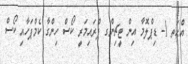
އްޙަތ 1- ޑިޕްލޮމާ އިން ޓީޗިންގ ޕްރައިމަރީ ކޯސް ހިންގާ ކެމްޕަހާއި ކޯސް